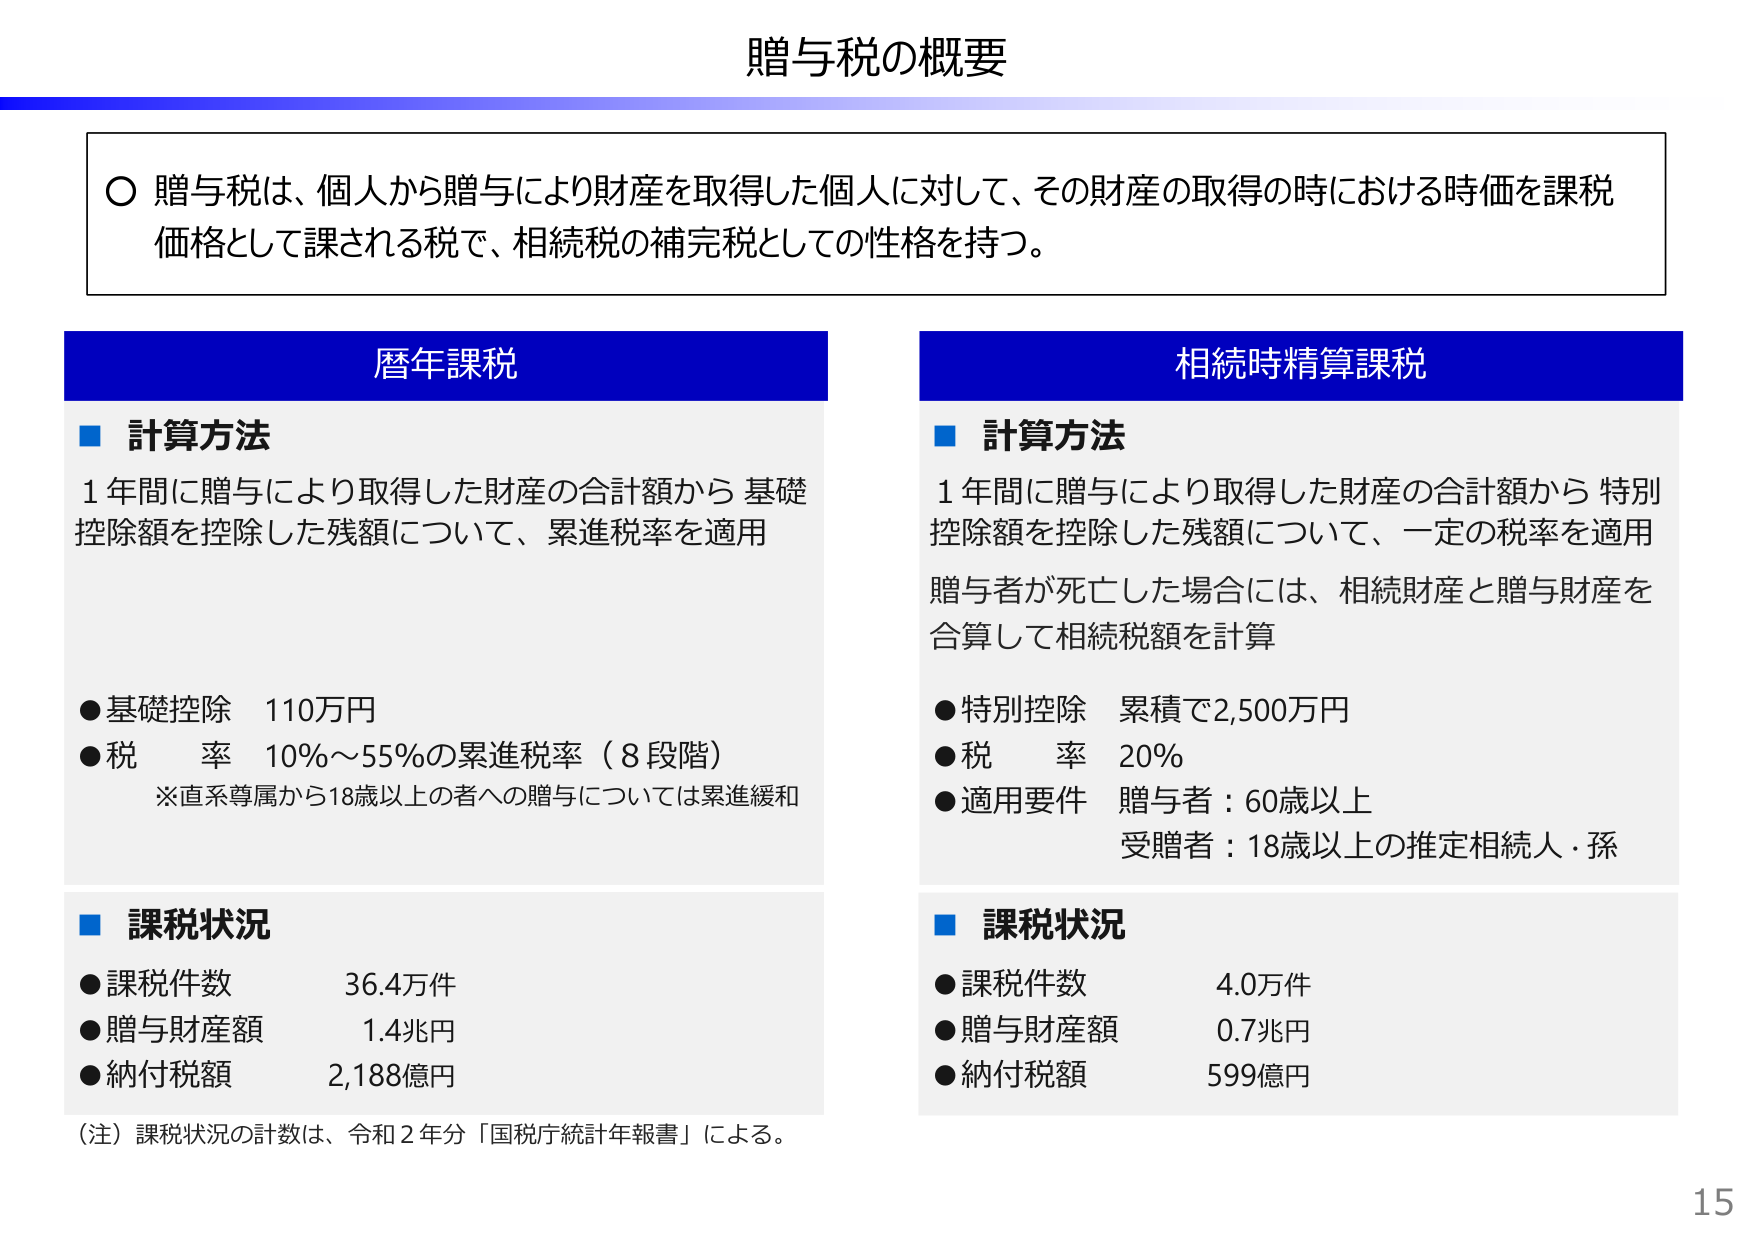
贈与税の概要

○ 贈与税は、個人から贈与により財産を取得した個人に対して、その財産の取得の時における時価を課税価格として課される税で、相続税の補完税としての性格を持つ。

暦年課税
■ 計算方法
1年間に贈与により取得した財産の合計額から 基礎控除額を控除した残額について、累進税率を適用

● 基礎控除 110万円
● 税率 10%～55%の累進税率（8段階）
※直系尊属から18歳以上の者への贈与については累進緩和

■ 課税状況
● 課税件数 36.4万件
● 贈与財産額 1.4兆円
● 納付税額 2,188億円

（注）課税状況の計数は、令和2年分「国税庁統計年報書」による。

相続時精算課税
■ 計算方法
1年間に贈与により取得した財産の合計額から 特別控除額を控除した残額について、一定の税率を適用
贈与者が死亡した場合には、相続財産と贈与財産を合算して相続税額を計算

● 特別控除 累積で2,500万円
● 税率 20%
● 適用要件 贈与者：60歳以上
受贈者：18歳以上の推定相続人・孫

■ 課税状況
● 課税件数 4.0万件
● 贈与財産額 0.7兆円
● 納付税額 599億円

15